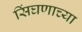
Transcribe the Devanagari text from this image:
सिंघणाच्या